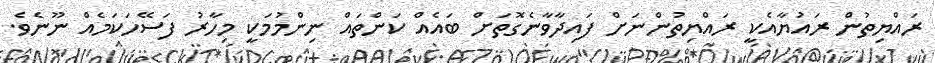
ރައްޔިތުން ރައުޔާއެކީ ރައްޔިތުންނަށް ފައިދާވާނެގޮތަށް ބައެއް ކަންތައް ނިންމުމަކީ މިހާރު ފަސޭހަކަމެއް ނޫނެވެ.